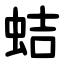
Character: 蛣